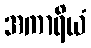
အကာရိယံ